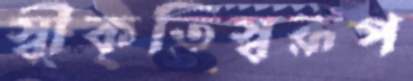
স্বীকৃতিস্বরূপ